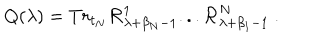
LaTeX: Q ( \lambda ) = T r _ { t _ { N } } { \cal R } _ { \lambda + \beta _ { N } - 1 } ^ { 1 } . . . { \cal R } _ { \lambda + \beta _ { 1 } - 1 } ^ { N } ~ .